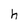
Character: h